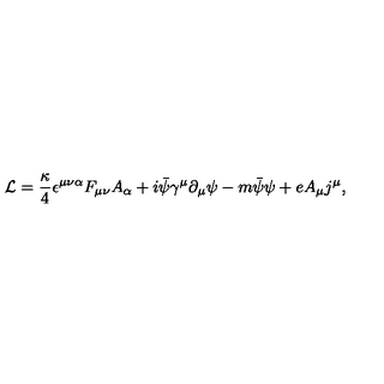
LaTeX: { \cal L } = { \frac { \kappa } { 4 } } \epsilon ^ { \mu \nu \alpha } F _ { \mu \nu } A _ { \alpha } + i \bar { \psi } { \gamma } ^ { \mu } { \partial } _ { \mu } \psi - m \bar { \psi } \psi + e A _ { \mu } j ^ { \mu } ,